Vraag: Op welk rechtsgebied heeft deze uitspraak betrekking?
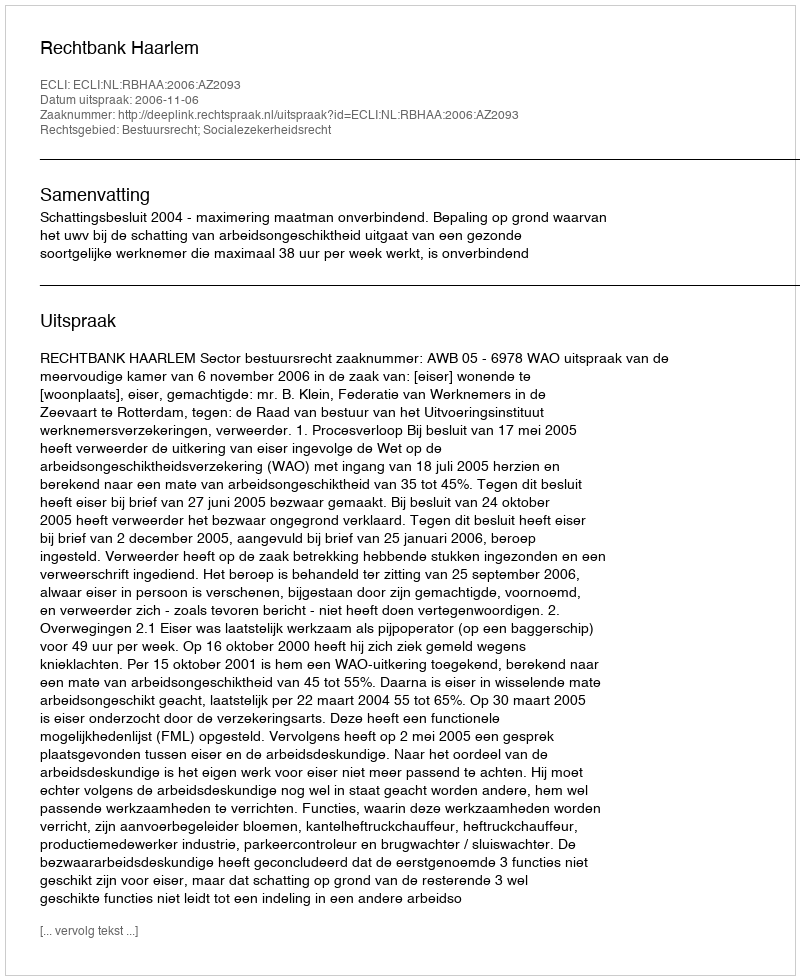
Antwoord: Bestuursrecht; Socialezekerheidsrecht